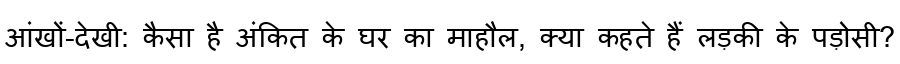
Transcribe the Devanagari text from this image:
आंखों-देखी: कैसा है अंकित के घर का माहौल, क्या कहते हैं लड़की के पड़ोसी?